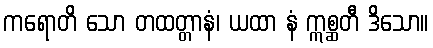
ကရောတိ သော တထတ္တာနံ၊ ယထာ နံ ဣစ္ဆတီ ဒိသော။